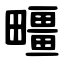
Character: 疅